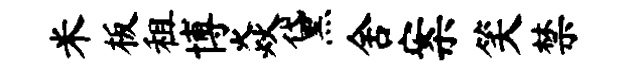
米板租博焱黛舍案笑禁